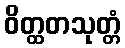
ဝိတ္ထတသုတ္တံ